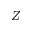
Z